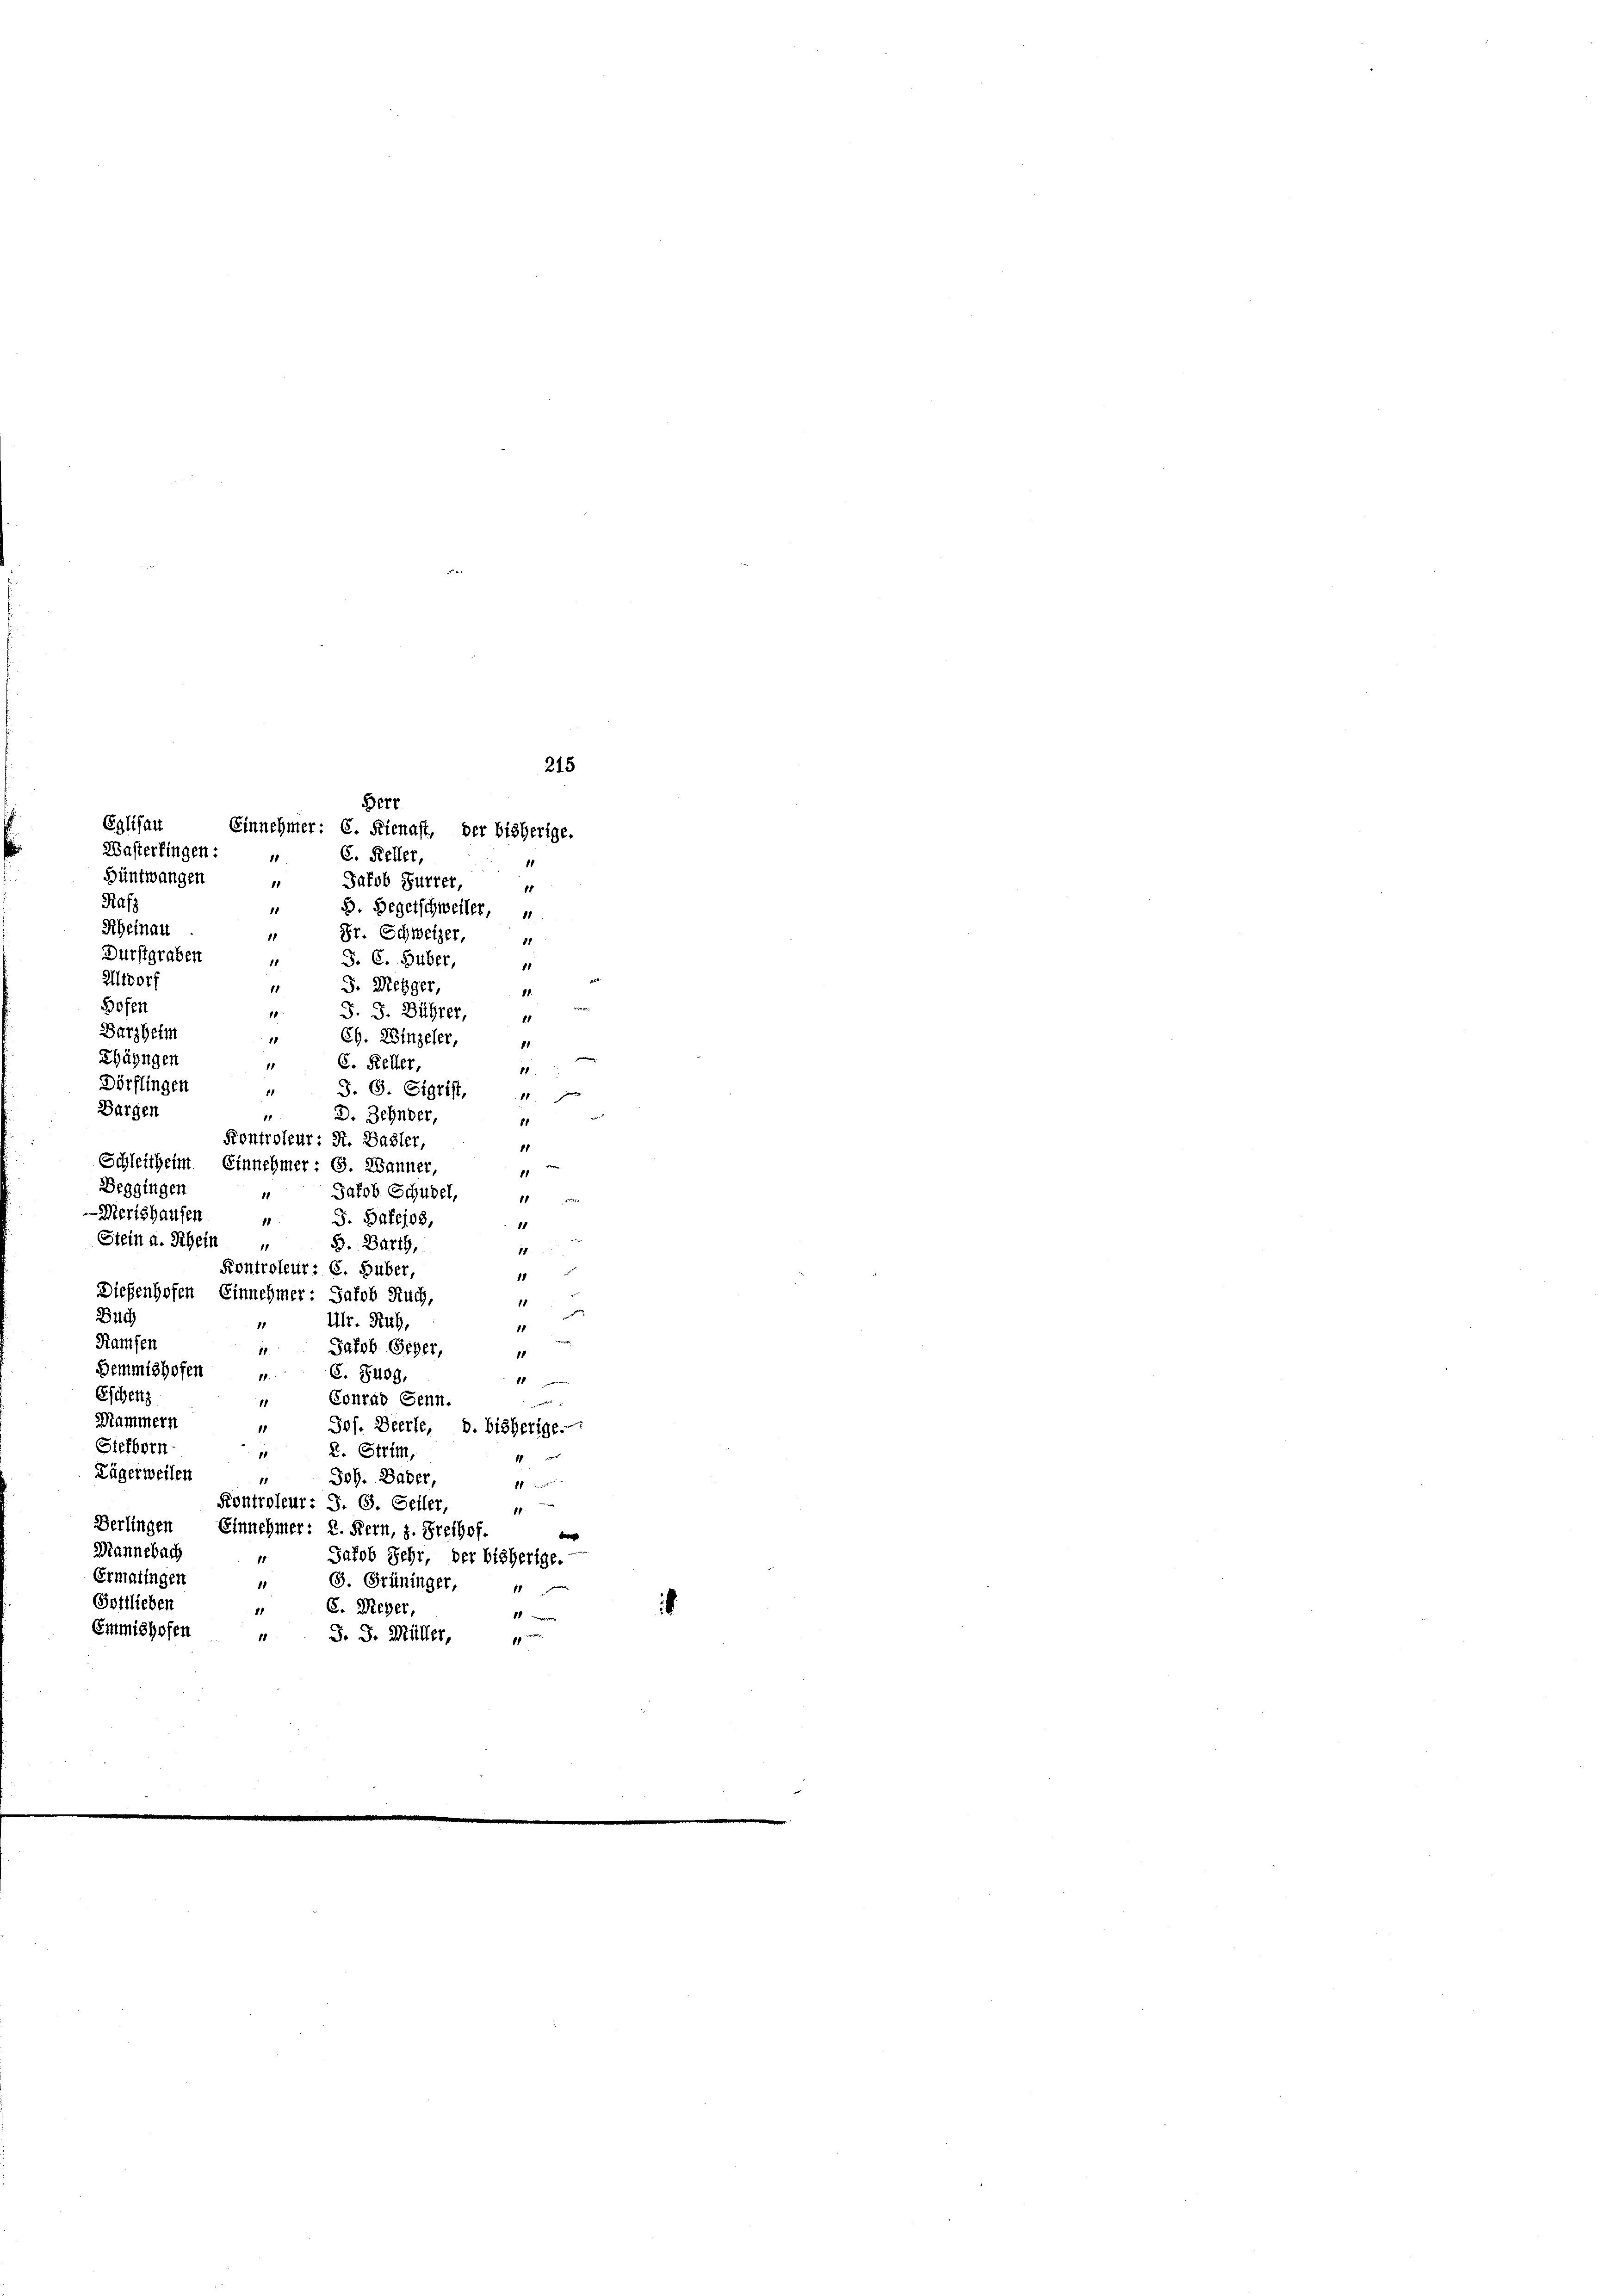
Berr
Eglisau
1
11
Rafz
Scheinau
11
Durstgraben
11
Altdorf
hofen
1
11
Barzheim
11
Ch. Winzeler,
11
hängen
C. Keller
1
11
Dörflingen
1
S. G. Sigrist,
Bargen
11
D. Zehnder,
81
Kontroleur: A. Basler,
11
Schleitheim Einnehmer: G. Wanner,
1
Beggingen
Jakob Schubel,
.
11
Merishausen
J. Bafejos,
11
84
Stein a. Schein
B. Barth,
1
18.
Kontroleur: C. Huber,
18
Dießenhofen Einnehmer - Jakob Ruch,
gütt
18
a
Buch
Ulr. Ruh,
1
e
Kamsen
Jakob Scher,
18.
11
Demmishofen
C. Tuog,
.
waren
Eschens
Conrad Senn.
Mammern
Jos. Beerle, 8. bisherige.
Stefborn
2. Strim,
1
Lägerweilen
Job. Daber,
8
ff
Kontroleur: J. G. Seiler,
1
Derlingen Einnehmer: 2. Kern, z. Freihof.
Mannebach
Jakob Sehr, der bisherige.
1
Ermatingen
3. Grüninger,
11
Gottlieben
6. Weyer,
11
10
Emmishofen
J. J. Müller,
18
f

Wasterfingen:
Hüntwangen

215

Einnehmer: C. Kienast, der bisherige.

C. Keller,
Jakob Furrer,
 3. Begetschweiler,
Dr. Schweizer,
81
J. C. Huber,
81
J. Megger,
.
J. J. Bührer,

1

i